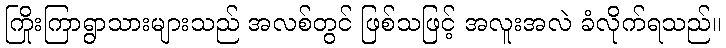
ကြိုးကြာရွာသားများသည် အလစ်တွင် ဖြစ်သဖြင့် အလူးအလဲ ခံလိုက်ရသည်။